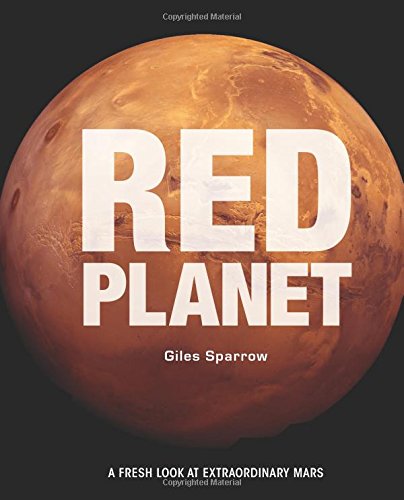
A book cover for Red Planet: A Fresh Look at Extraordinary Mars; Giles Sparrow; Science & Math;